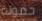
حمولة